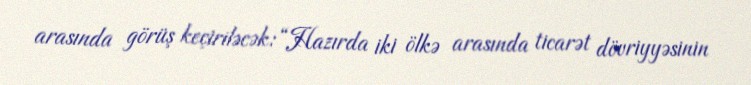
arasında görüş keçiriləcək: “Hazırda iki ölkə arasında ticarət dövriyyəsinin